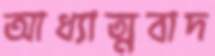
আধ্যাত্মবাদ